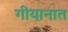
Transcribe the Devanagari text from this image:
गीयानात